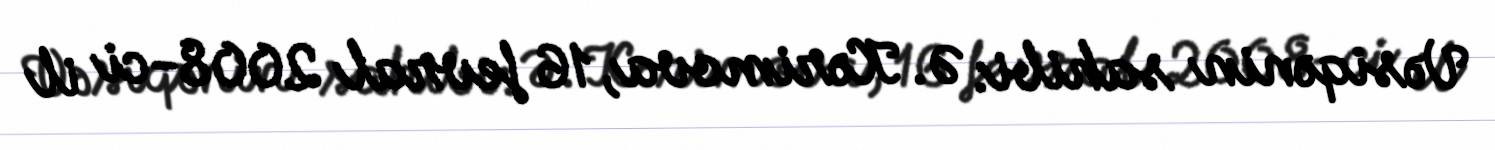
Vəsiqənin sahibi: Ə. Kərimova, 16 fevral 2008-ci il